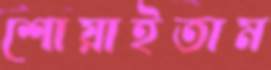
শোয়াইতাম